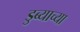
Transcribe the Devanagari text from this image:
डुब्याच्या